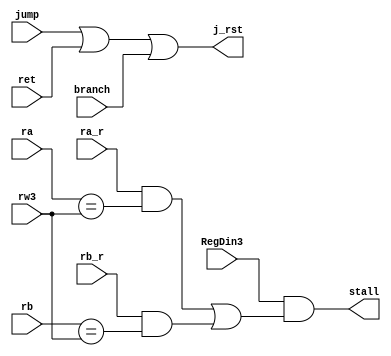
module loaduse(
	ra_r,rb_r,RegDin3,
	jump,branch,ret,
	ra,rb,rw3,stall,j_rst
    );
	input ra_r,rb_r,RegDin3,jump,branch,ret;
	input [4:0]ra,rb,rw3;
	output stall,j_rst;
	wire and1,and2;
	assign j_rst = jump|ret|branch;
	assign and1 = ra_r & (ra==rw3);
	assign and2 = rb_r & (rb==rw3);
	assign stall = RegDin3 & (and1|and2);
endmodule